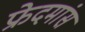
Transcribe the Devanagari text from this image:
फ्रेदमांस